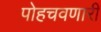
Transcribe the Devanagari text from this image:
पोहचवणारी